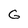
Character: G